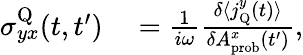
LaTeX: \begin{array}{rl}{\sigma_{yx}^{\textrm{Q}}(t,t^{\prime})}&{{}=\frac{1}{i\omega}\frac{\delta\langle j_{\textrm{Q}}^{y}(t)\rangle}{\delta A_{\textrm{prob}}^{x}(t^{\prime})},}\end{array}